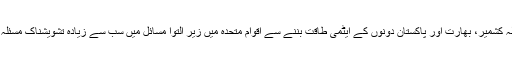
واضح رہے مسئلہ کشمیر، بھارت اور پاکستان دونوں کے ایٹمی طاقت بننے سے اقوامِ متحدہ میں زیرِ التوا مسائل میں سب سے زیادہ تشویشناک مسئلہ بھی بن چکا ہے۔